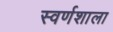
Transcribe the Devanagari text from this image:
स्वर्णशाला